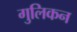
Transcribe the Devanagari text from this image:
गुलिकन